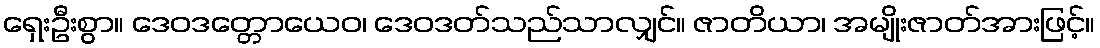
ရှေးဦးစွာ။ ဒေဝဒတ္တောယေဝ၊ ဒေဝဒတ်သည်သာလျှင်။ ဇာတိယာ၊ အမျိုးဇာတ်အားဖြင့်။